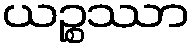
ယဉ္စဿာ